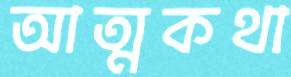
আত্মকথা